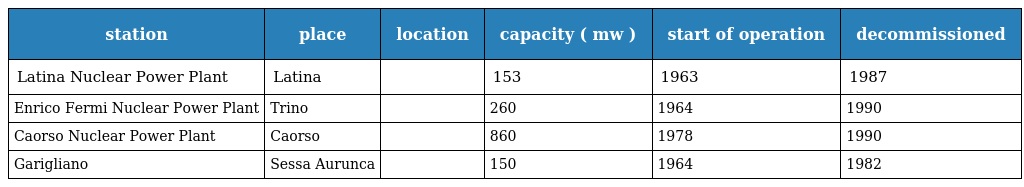
| station | place | location | capacity ( mw ) | start of operation | decommissioned |
 | --- | --- | --- | --- | --- | --- |
 | Latina Nuclear Power Plant | Latina |  | 153 | 1963 | 1987 |
 | Enrico Fermi Nuclear Power Plant | Trino |  | 260 | 1964 | 1990 |
 | Caorso Nuclear Power Plant | Caorso |  | 860 | 1978 | 1990 |
 | Garigliano | Sessa Aurunca |  | 150 | 1964 | 1982 |